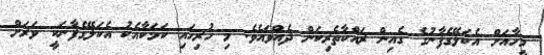
މީހާއަށް އެކަލޭގެފާނުގެ ގެއިން ރައްކާތެރިކަން ދެއްވައެވެ. މި ހުރިހައި ކަމަކާއެކު އެކަލޭގެފާނަކީ ވަރަށް